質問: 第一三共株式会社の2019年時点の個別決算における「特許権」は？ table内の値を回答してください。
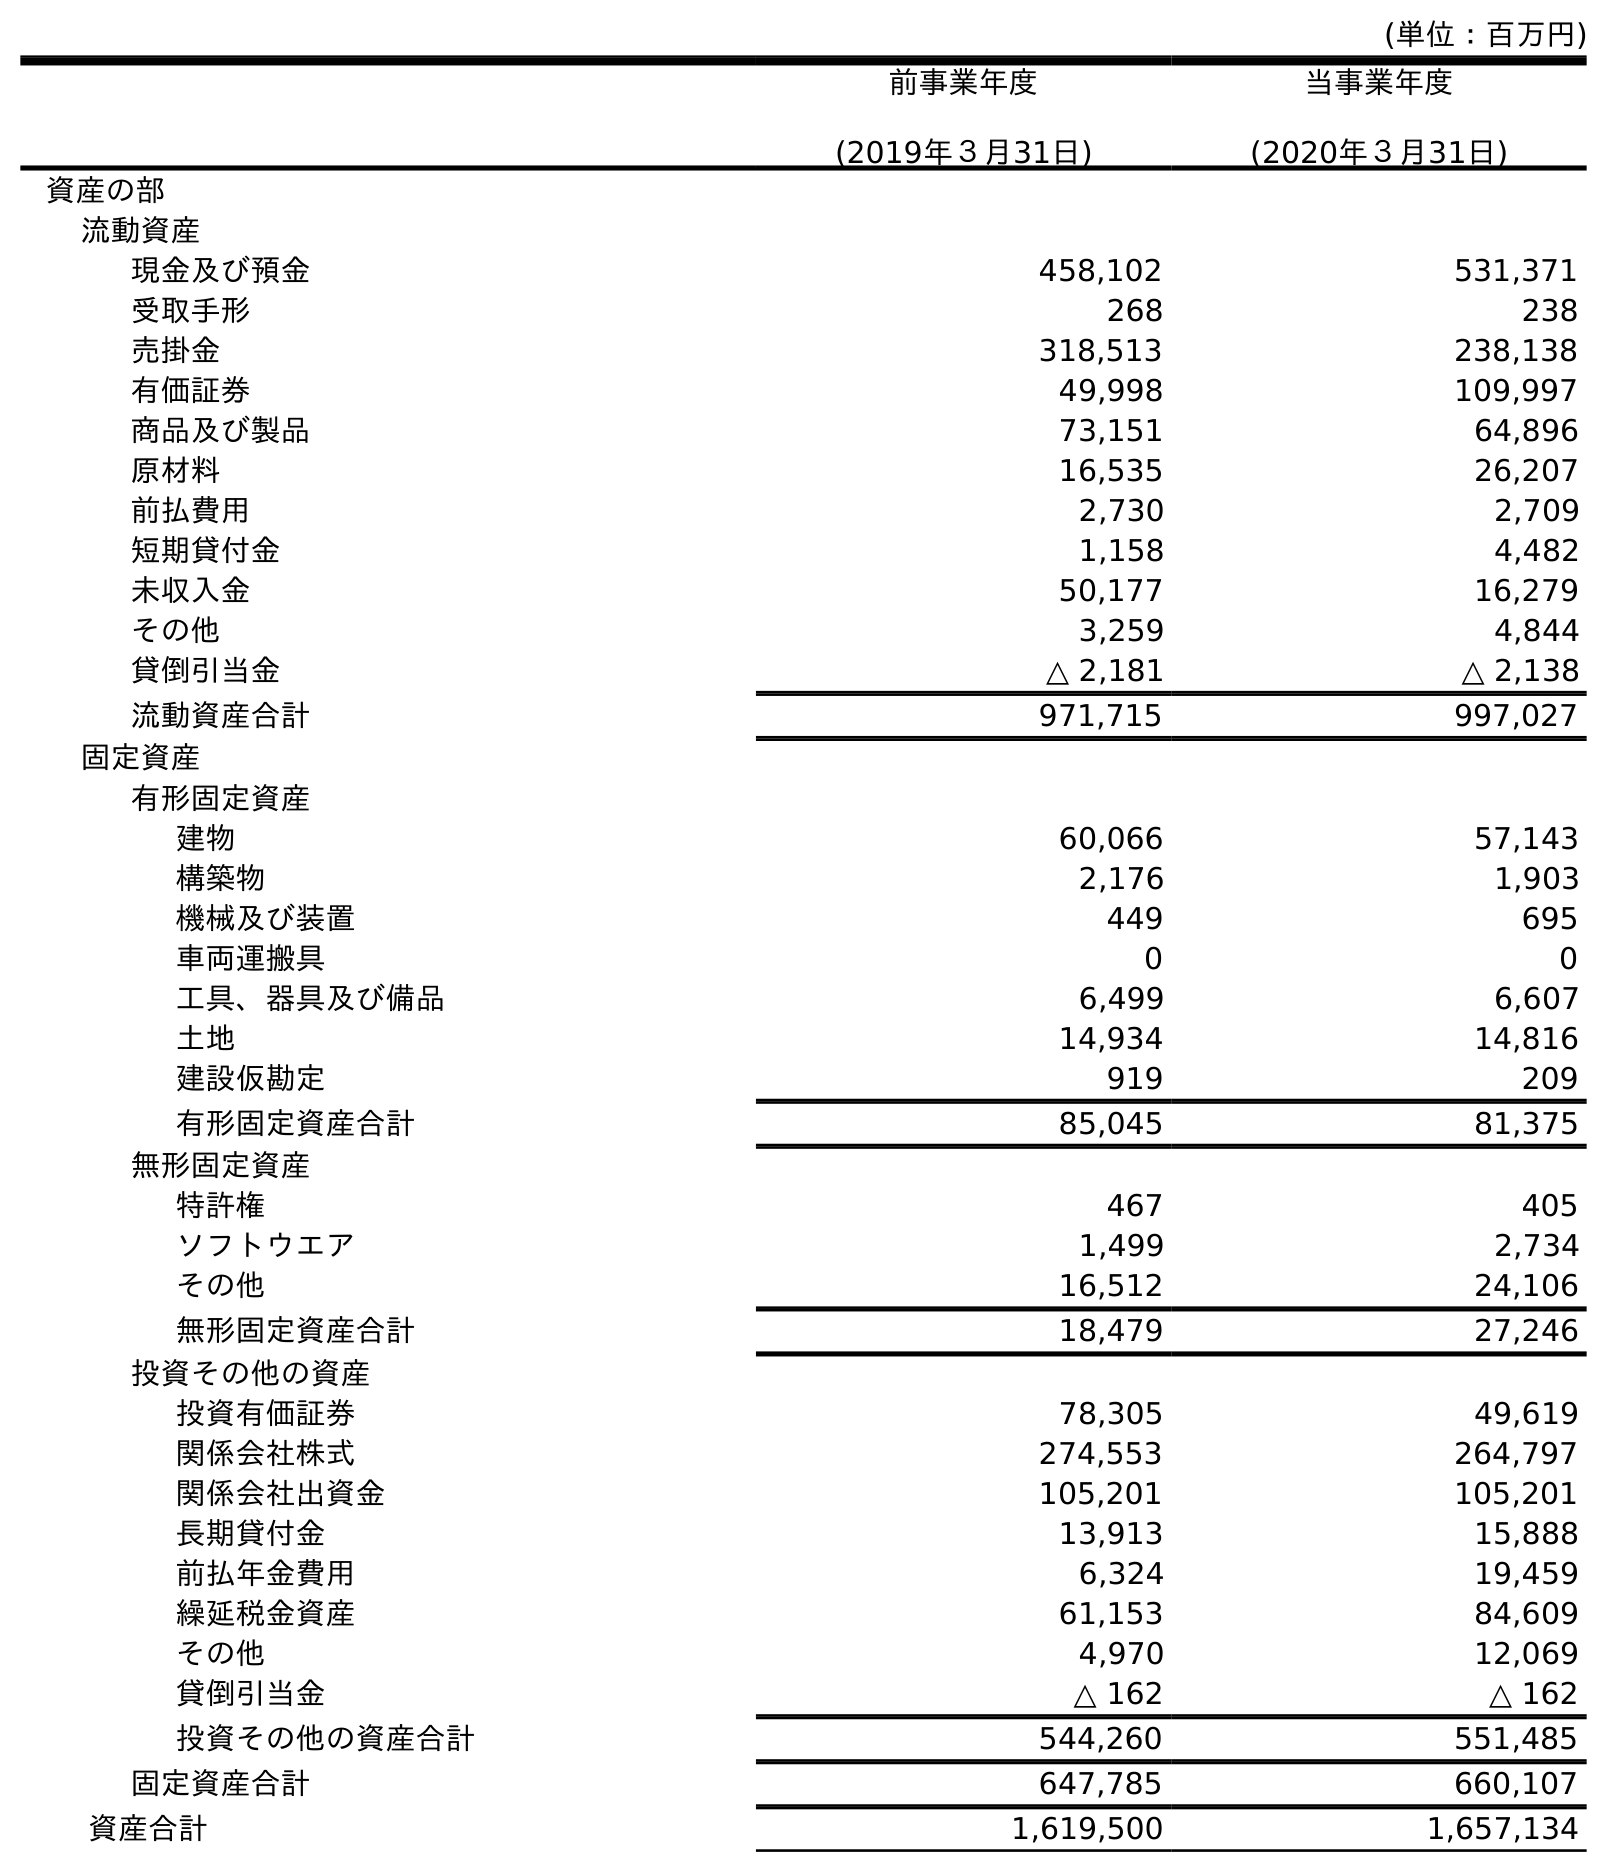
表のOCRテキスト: (単位：百万円) 前事業年度 (2019年３月31日) 当事業年度 (2020年３月31日) 資産の部 流動資産 現金及び預金 458,102 531,371 受取手形 268 238 売掛金 318,513 238,138 有価証券 49,998 109,997 商品及び製品 73,151 64,896 原材料 16,535 26,207 前払費用 2,730 2,709 短期貸付金 1,158 4,482 未収入金 50,177 16,279 その他 3,259 4,844 貸倒引当金 △ 2,181 △ 2,138 流動資産合計 971,715 997,027 固定資産 有形固定資産 建物 60,066 57,143 構築物 2,176 1,903 機械及び装置 449 695 車両運搬具 0 0 工具、器具及び備品 6,499 6,607 土地 14,934 14,816 建設仮勘定 919 209 有形固定資産合計 85,045 81,375 無形固定資産 特許権 467 405 ソフトウエア 1,499 2,734 その他 16,512 24,106 無形固定資産合計 18,479 27,246 投資その他の資産 投資有価証券 78,305 49,619 関係会社株式 274,553 264,797 関係会社出資金 105,201 105,201 長期貸付金 13,913 15,888 前払年金費用 6,324 19,459 繰延税金資産 61,153 84,609 その他 4,970 12,069 貸倒引当金 △ 162 △ 162 投資その他の資産合計 544,260 551,485 固定資産合計 647,785 660,107 資産合計 1,619,500 1,657,134
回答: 467